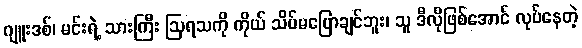
ဂျူးဒစ်၊ မင်းရဲ့ သားကြီး ဩရသကို ကိုယ် သိပ်မပြောချင်ဘူး၊ သူ ဒီလိုဖြစ်အောင် လုပ်နေတဲ့